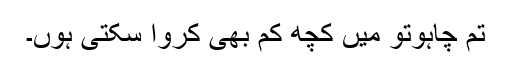
تم چاہوتو میں کچھ کم بھی کروا سکتی ہوں۔